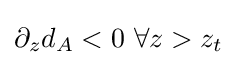
\partial _{z}d_{A}<0~\forall z>z_{t}